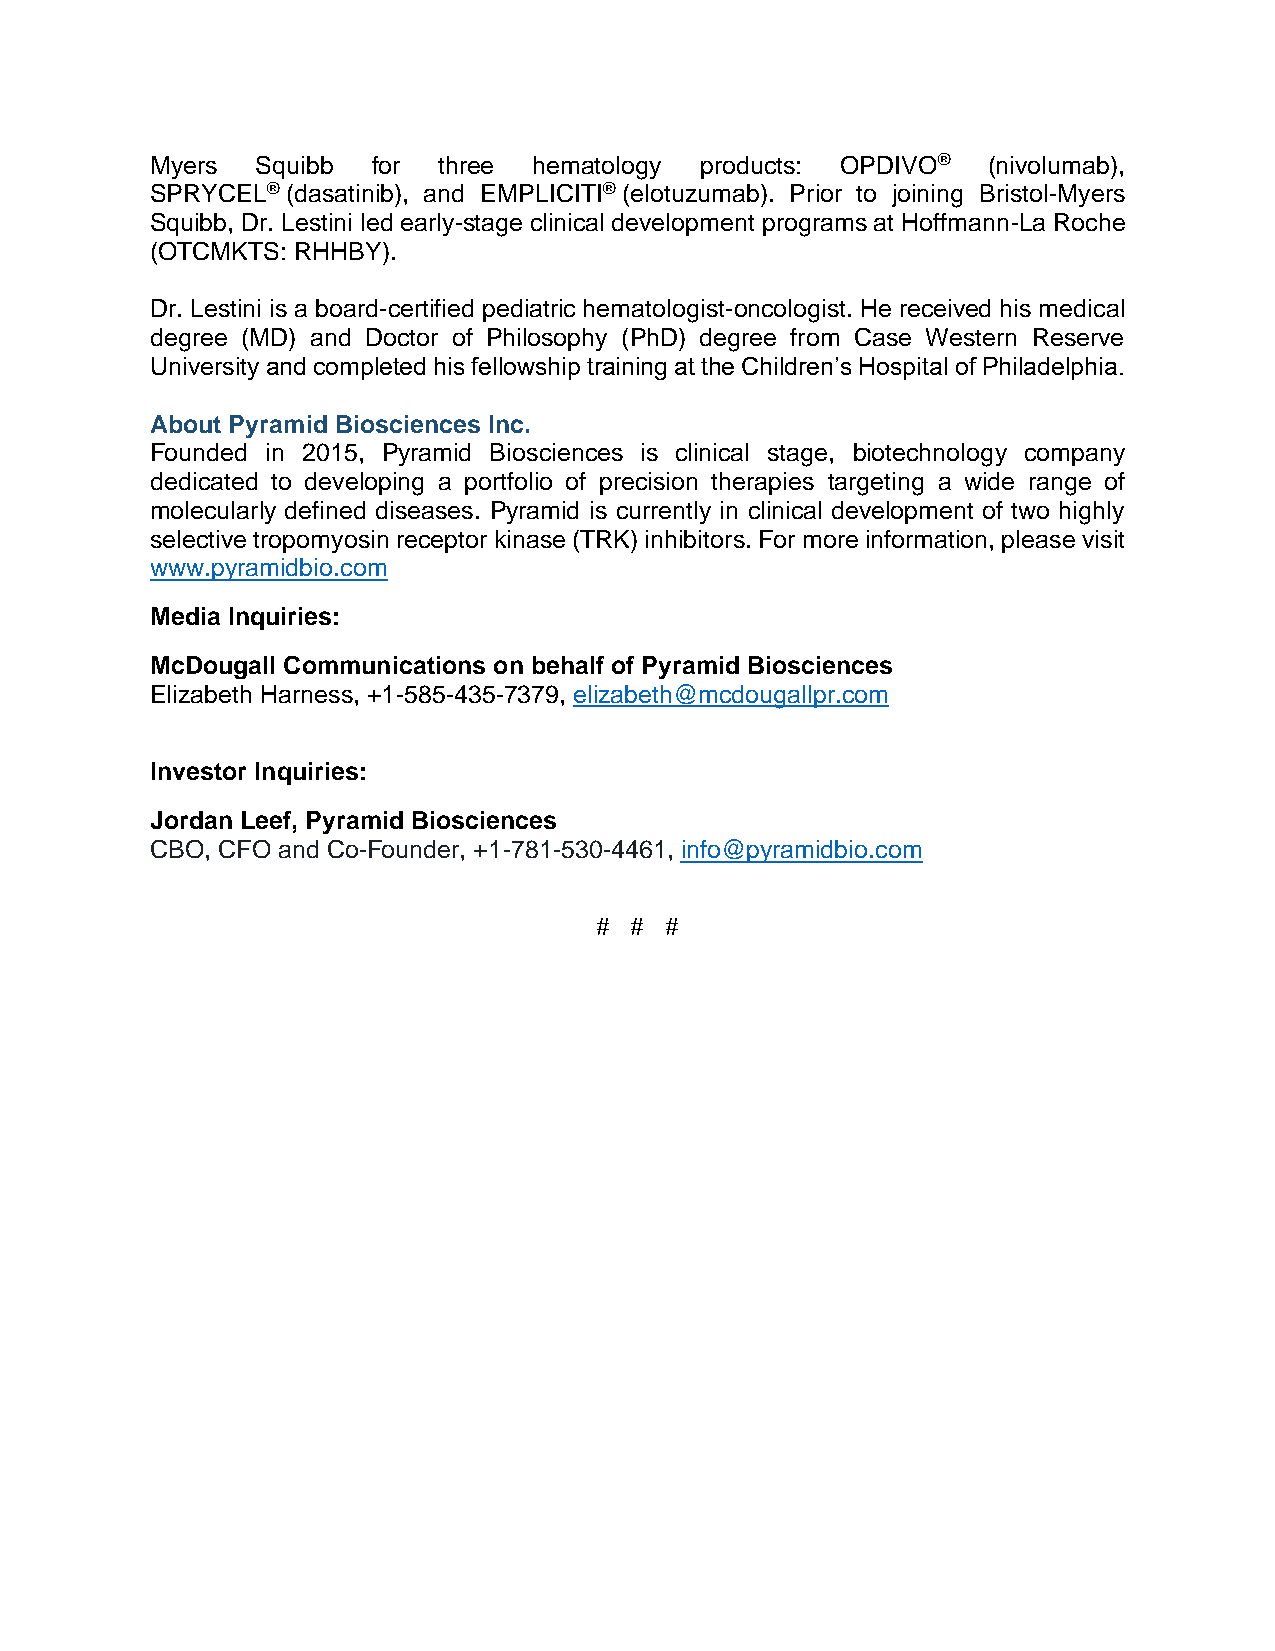
Myers  Squibb  for three hematology products: OPDIVO®  (nivolumab),
 SPRYCEL® (dasatinib), and EMPLICITI® (elotuzumab). Prior to joining Bristol-Myers
 Squibb, Dr. Lestini led early-stage clinical development programs at Hoffmann-La Roche
 (OTCMKTS: RHHBY).
 Dr. Lestini is a board-certified pediatric hematologist-oncologist. He received his medical
 degree (MD) and Doctor of Philosophy (PhD) degree from Case Western Reserve
 University and completed his fellowship training at the Children’s Hospital of Philadelphia.
 About Pyramid Biosciences Inc.
 Founded in 2015, Pyramid Biosciences is clinical stage, biotechnology company
 dedicated to developing a portfolio of precision therapies targeting a wide range of
 molecularly defined diseases. Pyramid is currently in clinical development of two highly
 selective tropomyosin receptor kinase (TRK) inhibitors. For more information, please visit
 www.pyramidbio.com
 Media Inquiries:
 McDougall Communications on behalf of Pyramid Biosciences
 Elizabeth Harness, +1-585-435-7379, elizabeth@mcdougallpr.com
 Investor Inquiries:
 Jordan Leef, Pyramid Biosciences
 CBO, CFO and Co-Founder, +1-781-530-4461, info@pyramidbio.com
 #  # #